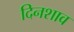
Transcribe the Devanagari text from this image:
दिनशाव